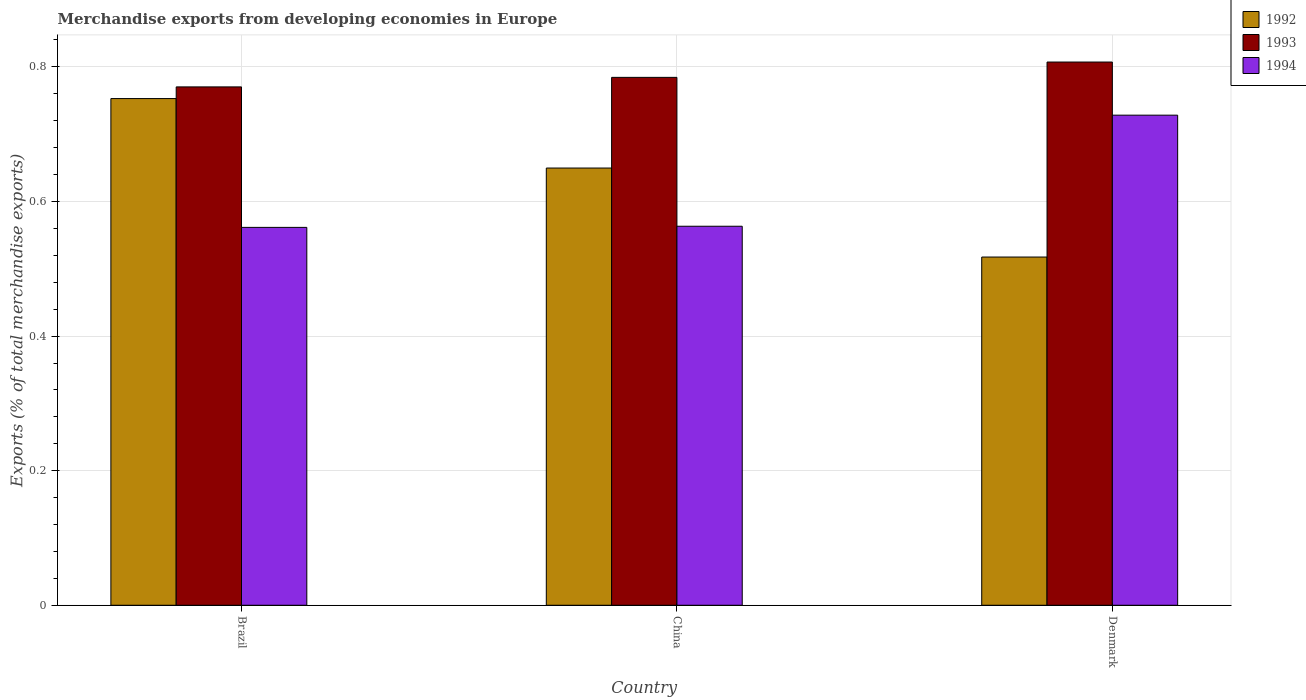
| Country | 1992 | 1993 | 1994 |
 | --- | --- | --- | --- |
 | Brazil | 0.753 | 0.77 | 0.562 |
 | China | 0.65 | 0.784 | 0.563 |
 | Denmark | 0.517 | 0.807 | 0.728 |